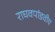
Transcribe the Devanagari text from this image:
राघवपांडवीय